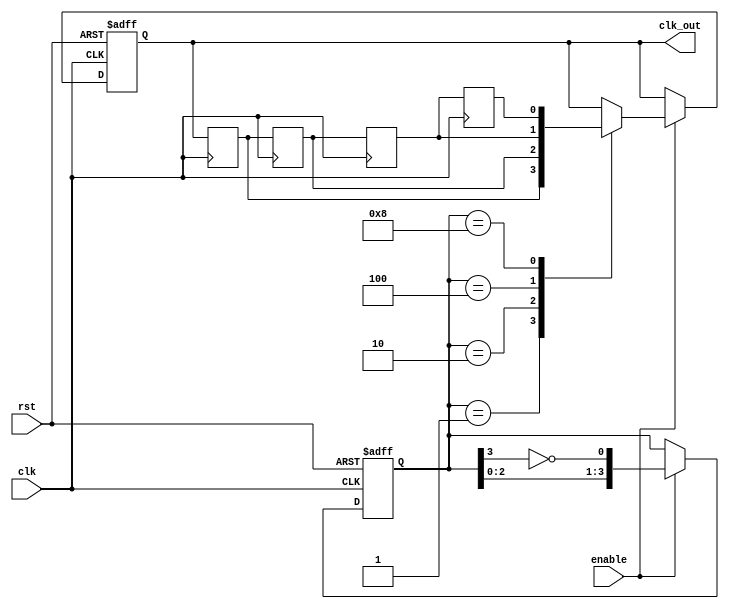
module johnson_counter_clock_divider (
    input clk,
    input rst,
    input enable,
    output reg clk_out
);

reg [3:0] counter;
wire q0, q1, q2, q3;

// Johnson counter with flip-flops and XOR gates
always @(posedge clk or posedge rst) begin
    if (rst) begin
        counter <= 4'b0000;
    end else begin
        if (enable) begin
            counter <= {counter[2:0], ~counter[3]};
        end
    end
end

// Output the divided clock signal
always @(posedge clk or posedge rst) begin
    if (rst) begin
        clk_out <= 1'b0;
    end else begin
        if (enable) begin
            case (counter)
                4'b0001: clk_out <= q0;
                4'b0010: clk_out <= q1;
                4'b0100: clk_out <= q2;
                4'b1000: clk_out <= q3;
                default: clk_out <= clk_out;
            endcase
        end
    end
end

// Synchronization flip-flops
always @(posedge clk) begin
    q0 <= clk_out;
    q1 <= q0;
    q2 <= q1;
    q3 <= q2;
end

endmodule